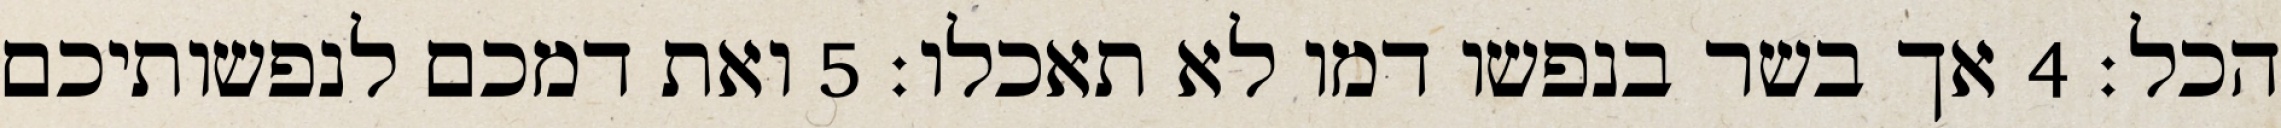
הכל׃ ‎4‏ אך בשר בנפשו דמו לא תאכלו׃ ‎5‏ ואת דמכם לנפשותיכם